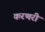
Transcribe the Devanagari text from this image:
करणरी